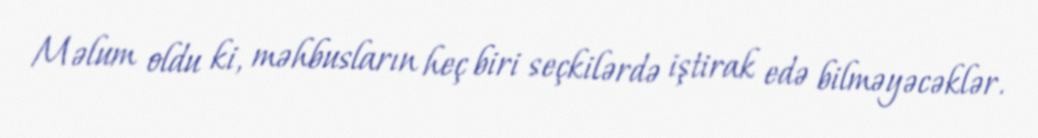
Məlum oldu ki, məhbusların heç biri seçkilərdə iştirak edə bilməyəcəklər.